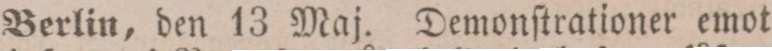
Berlin, den 13 Maj. Demonſtrationer emot